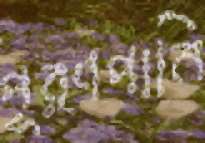
পূর্ণপানি